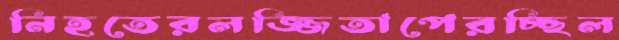
নিহতেরলজ্জিতাপেরচ্ছিল